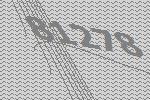
81278